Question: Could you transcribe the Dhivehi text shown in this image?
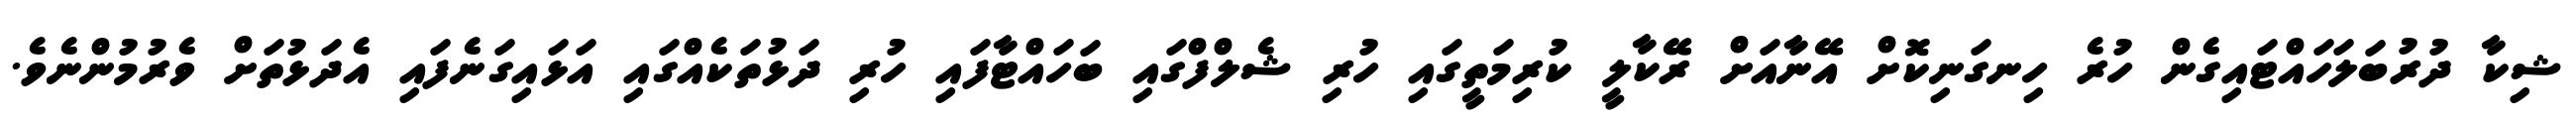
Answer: ޝިކާ ދުރުބަލަހައްޓައިގެން ހުރެ ހިނގަނިކޮށް އޭނާއަށް ރޭކާލީ ކުރިމަތީގައި ހުރި ޝެލްފްގައި ބަހައްޓާފައި ހުރި ދަޅުތަކެއްގައި އަޅައިގަނެފައި އެދަޅުތަށް ވެރުމުންނެވެ.